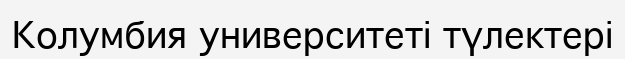
Колумбия университеті түлектері